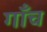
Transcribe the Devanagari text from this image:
गाँच